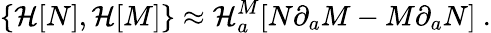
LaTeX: \{ {\cal\mathcal{H}}[N],{\cal\mathcal{H}}[M]\} \approx{\cal\mathcal{H}}_{a}^{M}[N\partial_{a}M-M\partial_{a}N]\ .